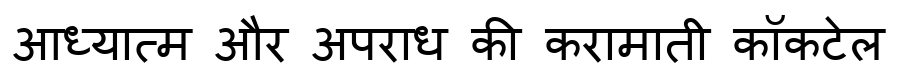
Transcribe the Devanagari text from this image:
आध्यात्म और अपराध की करामाती कॉकटेल